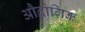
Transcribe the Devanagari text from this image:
औद्वोगिक